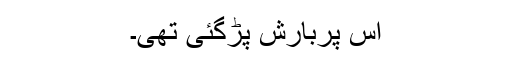
اس پربارش پڑگئی تھی۔